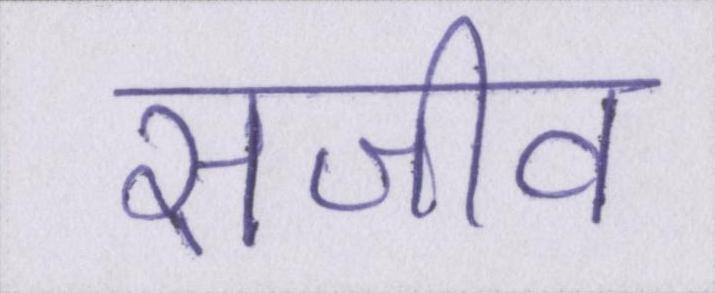
सजीव